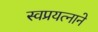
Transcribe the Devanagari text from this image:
स्वप्रयत्नाने